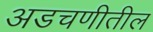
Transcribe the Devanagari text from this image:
अडचणीतील